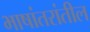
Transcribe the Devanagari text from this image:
भाषांतरांतील